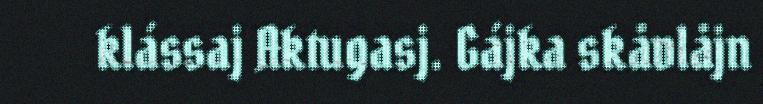
klássaj Aktugasj. Gájka skåvlåjn